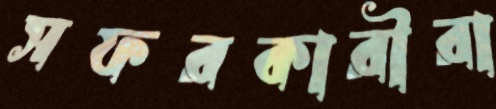
সফরকারীরা